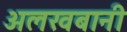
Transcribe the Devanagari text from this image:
अलखबानी